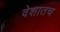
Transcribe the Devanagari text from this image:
वेशातच